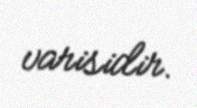
varisidir.